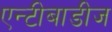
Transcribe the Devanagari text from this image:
एन्टीबाडीज